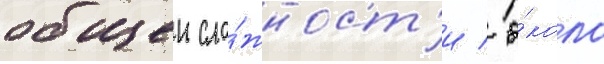
общеи сло́жност'и / о́коло